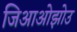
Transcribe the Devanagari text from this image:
जिआओझोउ